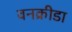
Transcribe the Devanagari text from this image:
वनक्रीडा